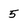
Character: 5